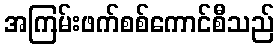
အကြမ်းဖက်စစ်ကောင်စီသည်